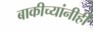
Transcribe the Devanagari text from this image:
बाकीच्यांनीही